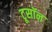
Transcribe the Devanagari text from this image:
टूसॉन